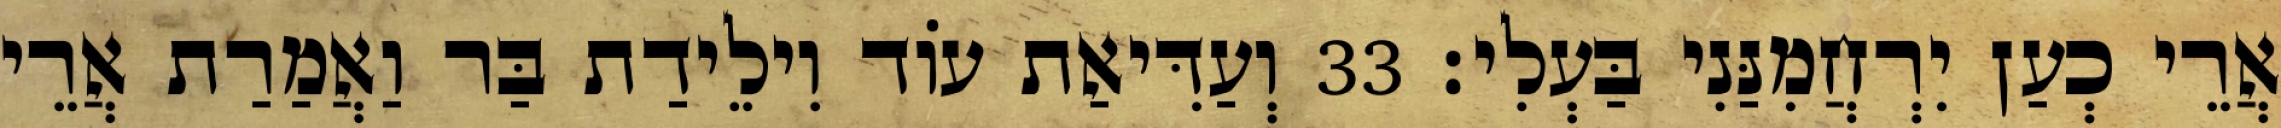
אֲרֵי כְעַן יִרְחֲמִנַּנִי בַּעְלִי׃ 33 וְעַדִּיאַת עוֹד וִילֵידַת בַּר וַאֲמַרַת אֲרֵי